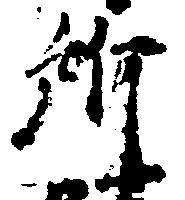
所